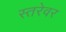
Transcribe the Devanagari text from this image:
स्तरेवर